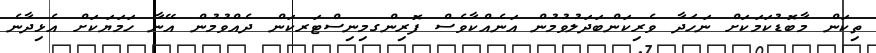
ތިކަން މާބޮޑުކަމަކަށް ނަހަދާ ވެރިކަންބަދަލުވުމުން އަނެއްކާވެސް ފޮރިންގމިނިސްޓަރކަން ދެއްވުމުން އޭނާ ހަމަޔަކަށް އެޅިދާނެ